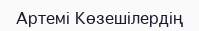
Артемі Көзешілердің